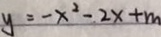
y = - x ^ { 2 } - 2 x + m